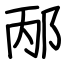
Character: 邴